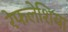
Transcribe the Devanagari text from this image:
रेफलेशिया